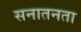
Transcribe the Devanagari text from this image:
सनातनता